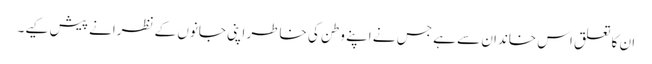
ان کا تعلق اس خاندان سے ہے جس نے اپنے وطن کی خاطر اپنی جانوں کے نظرانے پیش کیے۔